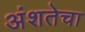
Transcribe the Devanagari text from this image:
अंशतेचा